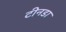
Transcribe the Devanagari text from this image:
टीनडा